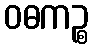
ဝဓကဉ္စ